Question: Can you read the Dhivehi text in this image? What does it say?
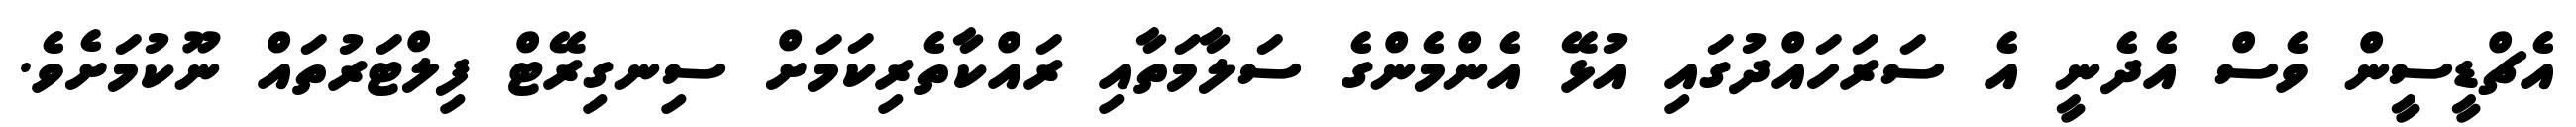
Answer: އެޗްޑީސީން ވެސް އެދެނީ އެ ސަރަހައްދުގައި އުޅޭ އެންމެންގެ ސަލާމަތާއި ރައްކާތެރިކަމަށް ސިނގިރޭޓް ފިލްޓަރުތައް ނޫކުމަށެވެ.